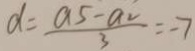
d = \frac { a _ { 5 } - a _ { 2 } } { 3 } = - 7